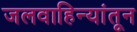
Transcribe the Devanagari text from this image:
जलवाहिन्यांतून